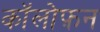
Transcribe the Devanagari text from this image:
कॉलोफ़न